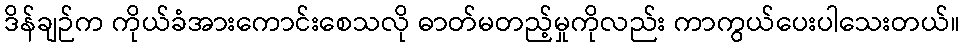
ဒိန်ချဉ်က ကိုယ်ခံအားကောင်းစေသလို ဓာတ်မတည့်မှုကိုလည်း ကာကွယ်ပေးပါသေးတယ်။